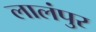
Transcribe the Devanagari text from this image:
लालंपुर